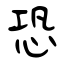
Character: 恐